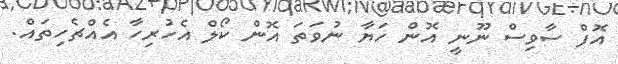
އޮފް ސާވިސް ނޫނީ އޮން ހަޔާ ނުވަތަ އޮން ކޯލް އެހުރިހާ އެއްޗެހިތައް.